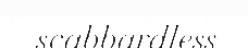
scabbardless